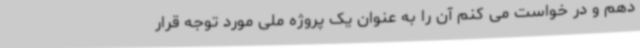
دهم و در خواست می کنم آن را به عنوان یک پروژه ملی مورد توجه قرار